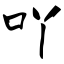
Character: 吖